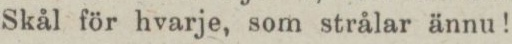
Skål för hvarje, som strålar ännu!